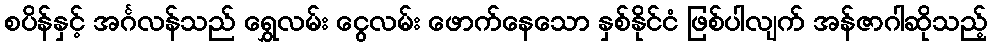
စပိန်နှင့် အင်္ဂလန်သည် ရွှေလမ်း ငွေလမ်း ဖောက်နေသော နှစ်နိုင်ငံ ဖြစ်ပါလျက် အန်ဇာဂါဆိုသည့်